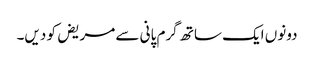
دونوں ایک ساتھ گرم پانی سے مریض کو دیں۔